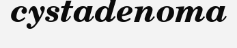
cystadenoma